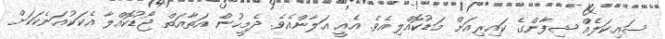
ސައިކަލެއް ޝިފާންގެ ކައިރިއަށް މަޑުކޮއްލިއެވެ. އެއީ އަލާންއެވެ. ދެމީހުން އަތާއަތް ޖޯޑުކޮއްލާ އެކަކުއަނެކަކަށް